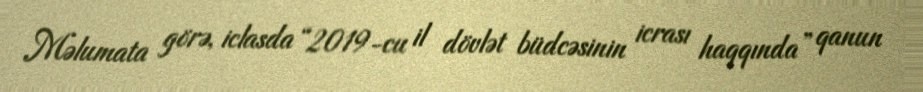
Məlumata görə, iclasda “2019-cu il dövlət büdcəsinin icrası haqqında” qanun